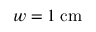
w = 1 \; \mathrm { { c m } }